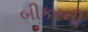
બીકરની